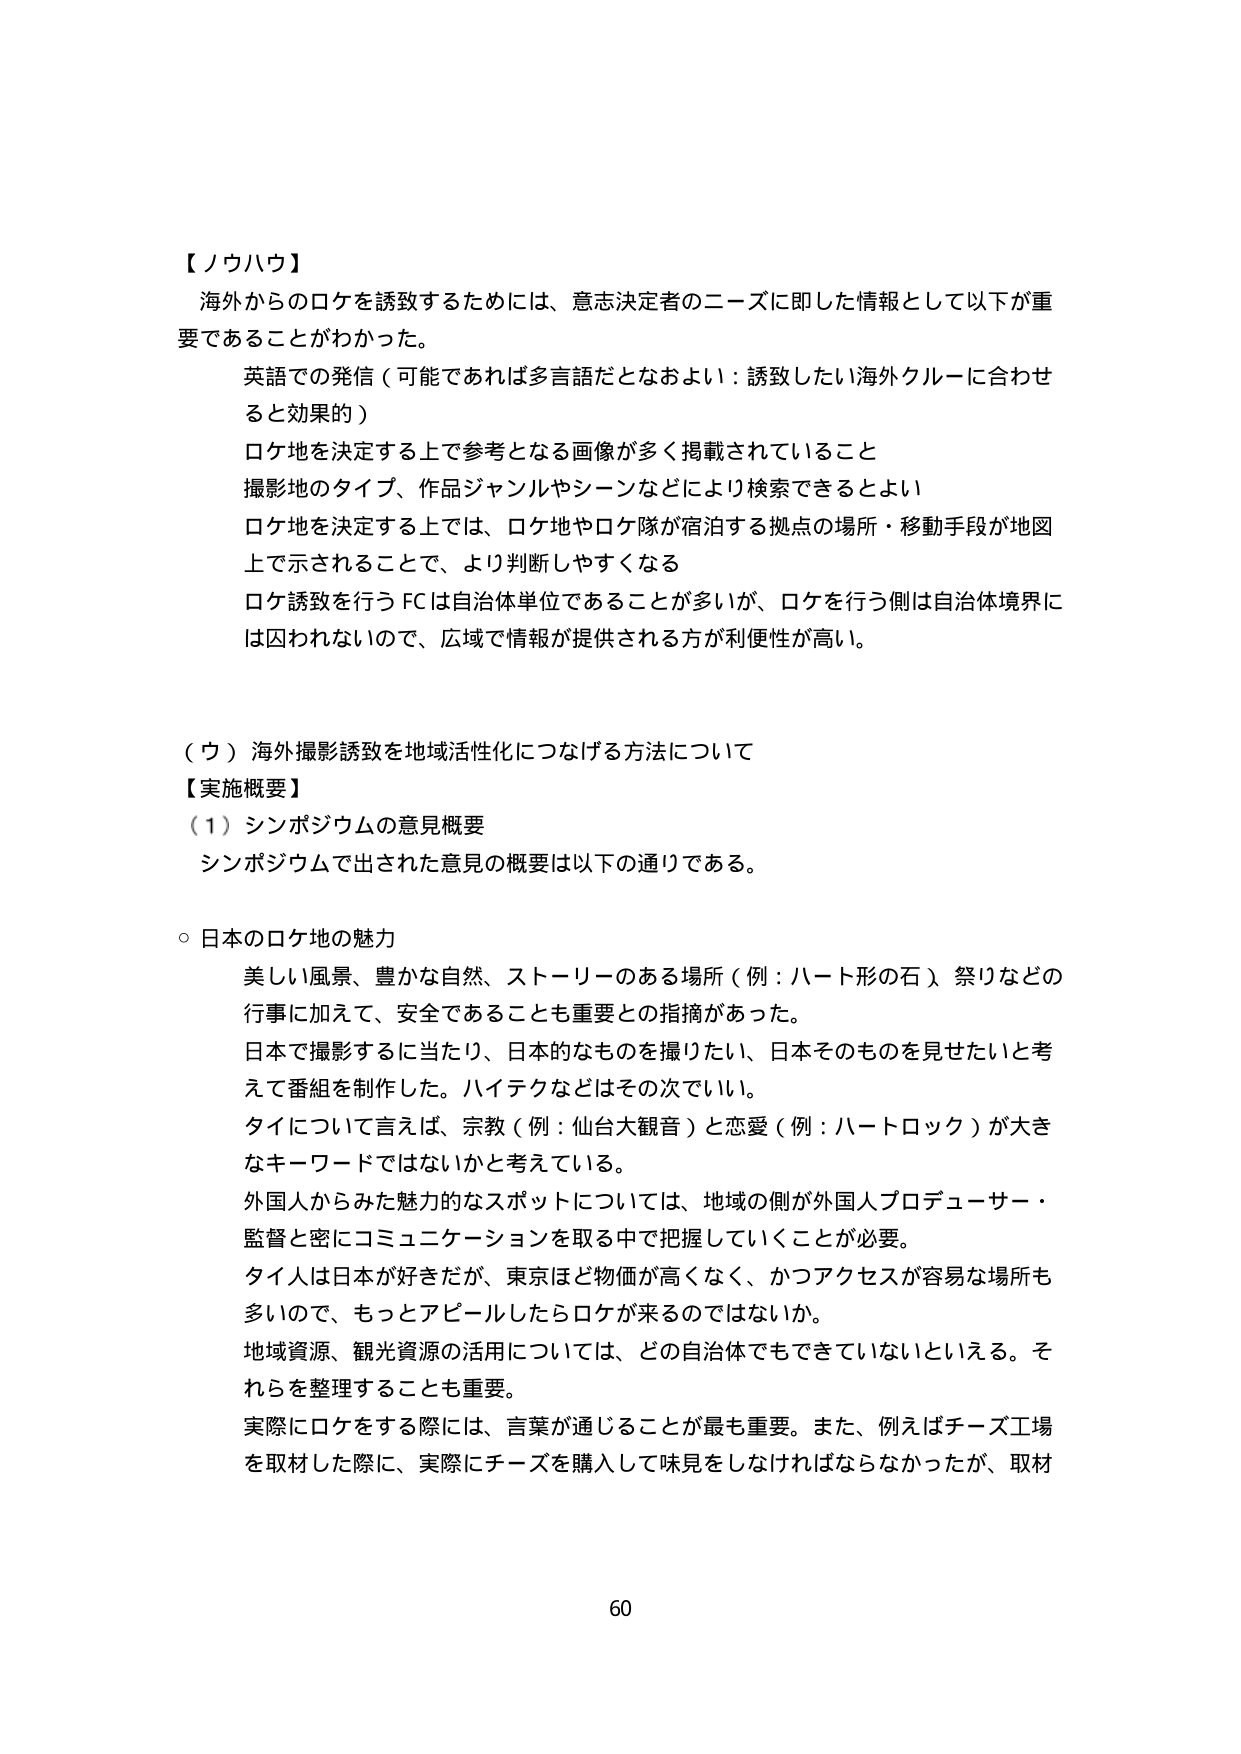
【ノウハウ】
海外からのロケを誘致するためには、意志決定者のニーズに即した情報として以下が重要であることがわかった。
　英語での発信（可能であれば多言語だとなおよい：誘致したい海外クルーに合わせると効果的）
　ロケ地を決定する上で参考となる画像が多く掲載されていること
　撮影地のタイプ、作品ジャンルやシーンなどにより検索できるとよい
　ロケ地を決定する上では、ロケ地やロケ隊が宿泊する拠点の場所・移動手段が地図上で示されることで、より判断しやすくなる
　ロケ誘致を行うFCは自治体単位であることが多いが、ロケを行う側は自治体境界には囚われないので、広域で情報が提供される方が利便性が高い。

（ウ）海外撮影誘致を地域活性化につなげる方法について
【実施概要】
（1）シンポジウムの意見概要
　シンポジウムで出された意見の概要は以下の通りである。

　○日本のロケ地の魅力
　　美しい風景、豊かな自然、ストーリーのある場所（例：ハート形の石）、祭りなどの行事に加えて、安全であることも重要との指摘があった。
　　日本で撮影するに当たり、日本的なものを撮りたい、日本そのものを見せたいと考えて番組を制作した。ハイテクなどはその次でいい。
　　タイについて言えば、宗教（例：仙台大観音）と恋愛（例：ハートロック）が大きなキーワードではないかと考えている。
　　外国人からみた魅力的なスポットについては、地域の側が外国人プロデューサー・監督と密にコミュニケーションを取る中で把握していくことが必要。
　　タイ人は日本が好きだが、東京ほど物価が高くなく、かつアクセスが容易な場所も多いので、もっとアピールしたらロケが来るのではないか。
　　地域資源、観光資源の活用については、どの自治体でもできていないといえる。それらを整理することも重要。
　　実際にロケをする際には、言葉が通じることが最も重要。また、例えばチーズ工場を取材した際に、実際にチーズを購入して味見をしなければならなかったが、取材

60